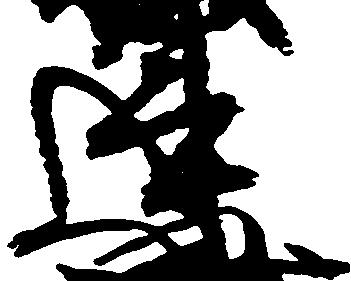
連